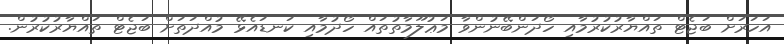
އަހަރަށް ބަޖެޓް ތައްޔާރުކުރުމާއި ހޯދަންބޭނުންވާ މަޢުލޫމާތުތައް ހޯދުމާއި ކަނޑައެޅޭ މުއްދަތަށް ބަޖެޓް ތައްޔާރުކުރުން.